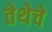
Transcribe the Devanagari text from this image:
तेथेचे